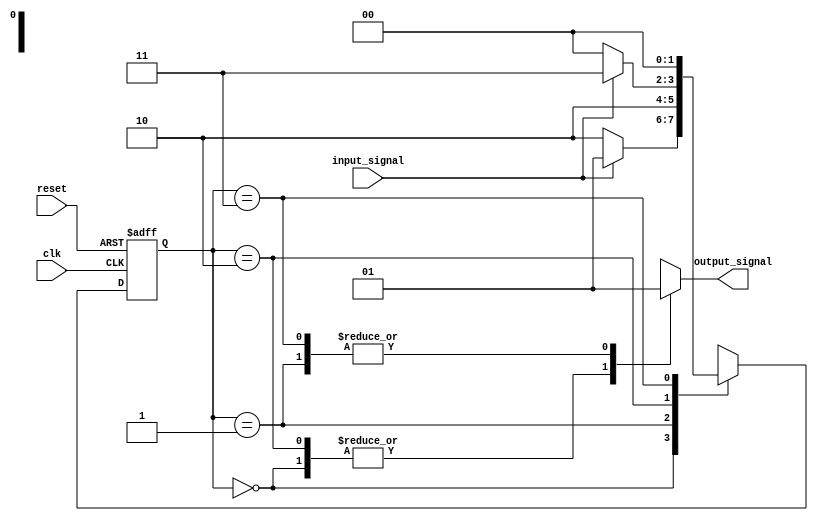
module state_machine (
    input wire clk,
    input wire reset,
    input wire input_signal,
    output reg output_signal
);

// State encoding
parameter STATE_A = 2'b00;
parameter STATE_B = 2'b01;
parameter STATE_C = 2'b10;
parameter STATE_D = 2'b11;

// State register
reg [1:0] current_state, next_state;

// State transitions
always @ (posedge clk or posedge reset) begin
    if (reset) begin
        current_state <= STATE_A;
    end else begin
        current_state <= next_state;
    end
end

// Next state logic
always @ (*) begin
    case (current_state)
        STATE_A: begin
            if (input_signal) begin
                next_state = STATE_B;
            end else begin
                next_state = STATE_C;
            end
        end
        STATE_B: begin
            next_state = STATE_C;
        end
        STATE_C: begin
            if (input_signal) begin
                next_state = STATE_D;
            end else begin
                next_state = STATE_A;
            end
        end
        STATE_D: begin
            next_state = STATE_A;
        end
    endcase
end

// Output logic
always @ (*) begin
    case (current_state)
        STATE_A: begin
            output_signal = 1'b0;
        end
        STATE_B: begin
            output_signal = 1'b1;
        end
        STATE_C: begin
            output_signal = 1'b0;
        end
        STATE_D: begin
            output_signal = 1'b1;
        end
    endcase
end

endmodule